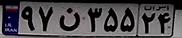
۹۷ن۳۵۵۲۴